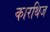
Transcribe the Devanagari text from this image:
कारथिज